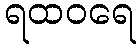
ရထဝရေ